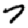
Digit: 7